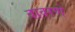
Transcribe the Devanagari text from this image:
वावरणे